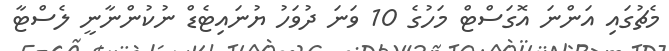
މެޗުގައި އަންނަ އޮގަސްޓް މަހުގެ 10 ވަނަ ދުވަހު ޔުނައިޓެޑް ނުކުންނާނީ ލެސްޓާ